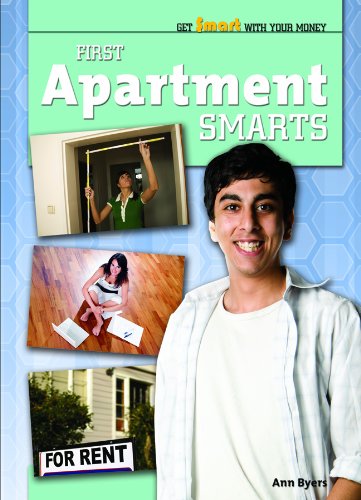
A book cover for First Apartment Smarts (Get Smart With Your Money); Ann Byers; Teen & Young Adult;